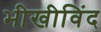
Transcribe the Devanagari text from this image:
भीखीविंद